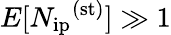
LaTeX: E[{N_{\mathrm{ip}}}^{\mathrm{(st)}}]\gg 1